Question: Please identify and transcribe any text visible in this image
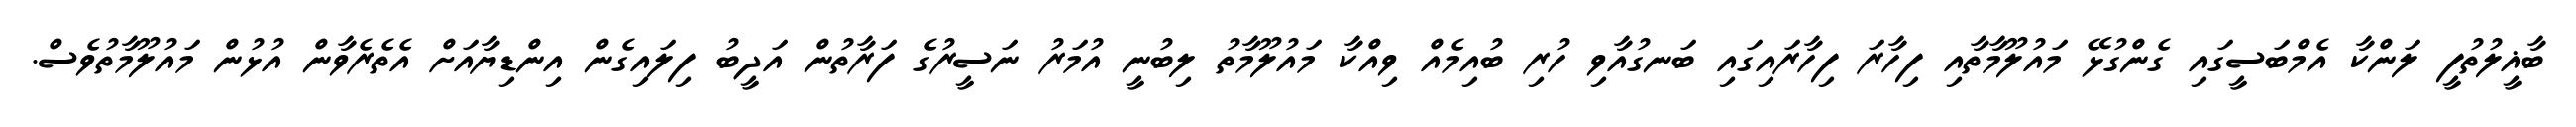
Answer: ބާޣީލުތުފީ ލަންކާ އެމްބަސީގައި ގެންގުޅޭ މައުލޫމާތާއި ފިހާރަ ފިހާރައިގައި ބަނގުއާވި ހުރި ބުއިމެއް ވިއްކާ މައުލޫމާތު ލިބުނީ އުމަރު ނަސީރުގެ ފަރާތުން އަދީބު ފިލައިގެން އިންޑިޔާއަށް އެތެރެވާން އުޅުން މައުލޫމާތުވެސް.